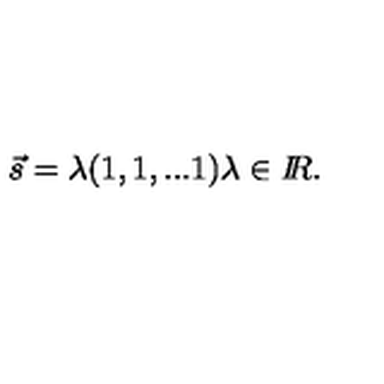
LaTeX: \vec { s } = \lambda ( 1 , 1 , . . . 1 ) \lambda \in I \! \! R .